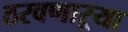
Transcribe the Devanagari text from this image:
ठरवणाऱ्या